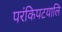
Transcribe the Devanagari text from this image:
परंकिपटयालि